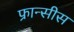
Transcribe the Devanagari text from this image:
फ्रान्सीस